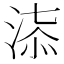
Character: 𣶠